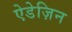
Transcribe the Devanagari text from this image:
ऐडेज़िन